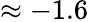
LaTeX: \approx-1.6